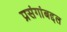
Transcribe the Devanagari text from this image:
प्रसंगांबद्दल